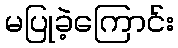
မပြုခဲ့ကြောင်း